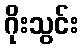
ဂိုးသွင်း